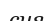
сия